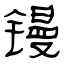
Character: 镘